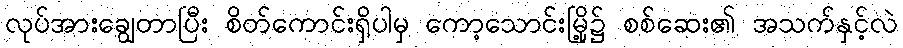
လုပ်အားချွေတာပြီး စိတ်ကောင်းရှိပါမှ ကော့သောင်းမြို့၌ စစ်ဆေး၏ အသက်နှင့်လဲ